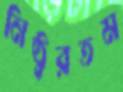
নিষ্ঠুরতম